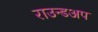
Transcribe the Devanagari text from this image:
राउन्डअप